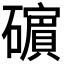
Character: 𥖶